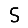
Digit: 5